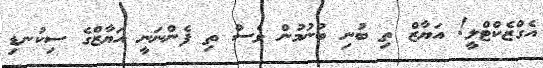
އެގްޒެކްޓްލީ! އަޔާޒް ތި ބުނި ބުނުމުން ވެސް ތި ފެންނަނީ އަޔާޒްގެ ސިކުނޑި